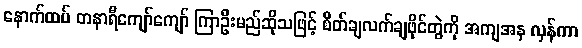
နောက်ထပ် တနာရီကျော်ကျော် ကြာဦးမည်ဆိုသဖြင့် စိတ်ချလက်ချဖိုင်တွဲကို အကျအန လှန်ကာ